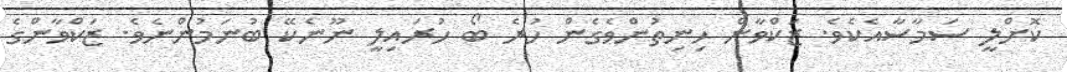
ކޮށްލީ ސަމާސާއެކެވެ. ޒަކްވާން ހިނިތުންވެގެން ހުރެ ބޯ ހުރައިލީ ނޫނެކޭ ބުނަމުންނެވެ. ޒަކްވާންގެ